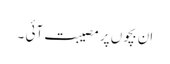
اِن بچوں پر مصیبت آئی ۔